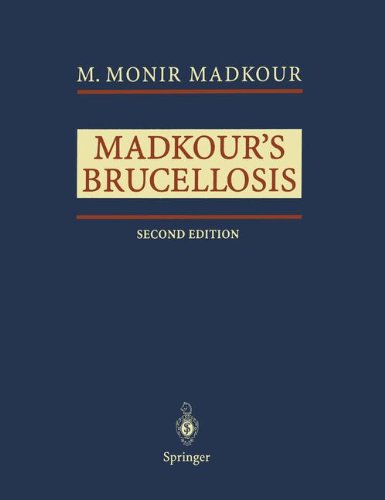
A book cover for Madkour's Brucellosis; M.Monir Madkour; Medical Books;